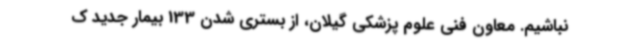
نباشیم. معاون فنی علوم پزشکی گیلان، از بستری شدن 133 بیمار جدید ک